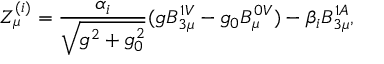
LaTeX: Z _ { \mu } ^ { ( i ) } = \frac { \alpha _ { i } } { \sqrt { g ^ { 2 } + g _ { 0 } ^ { 2 } } } ( g B _ { 3 \mu } ^ { 1 V } - g _ { 0 } B _ { \mu } ^ { 0 V } ) - \beta _ { i } B _ { 3 \mu } ^ { 1 A } ,